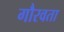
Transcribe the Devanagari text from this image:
गौरवता